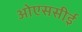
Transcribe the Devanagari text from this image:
ओएससीई